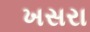
ખસરા